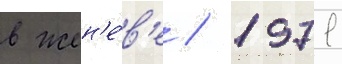
в жен'е́в'е / 1971